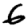
Digit: 6